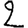
Digit: 2